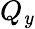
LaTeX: Q_{\mathit{y}}